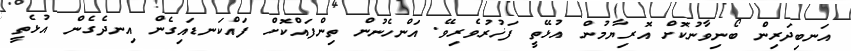
އަނބިދަރިން ބޯނިވާނުކޮށް އޮރިޔާމުން އުޅޭތީ ފަޚުރުވެރިވޭ. އަންހެނުން ތިންފައްކޮށް ފައްކަނޑައިގެން އިނދެގެން އުޅެތީ